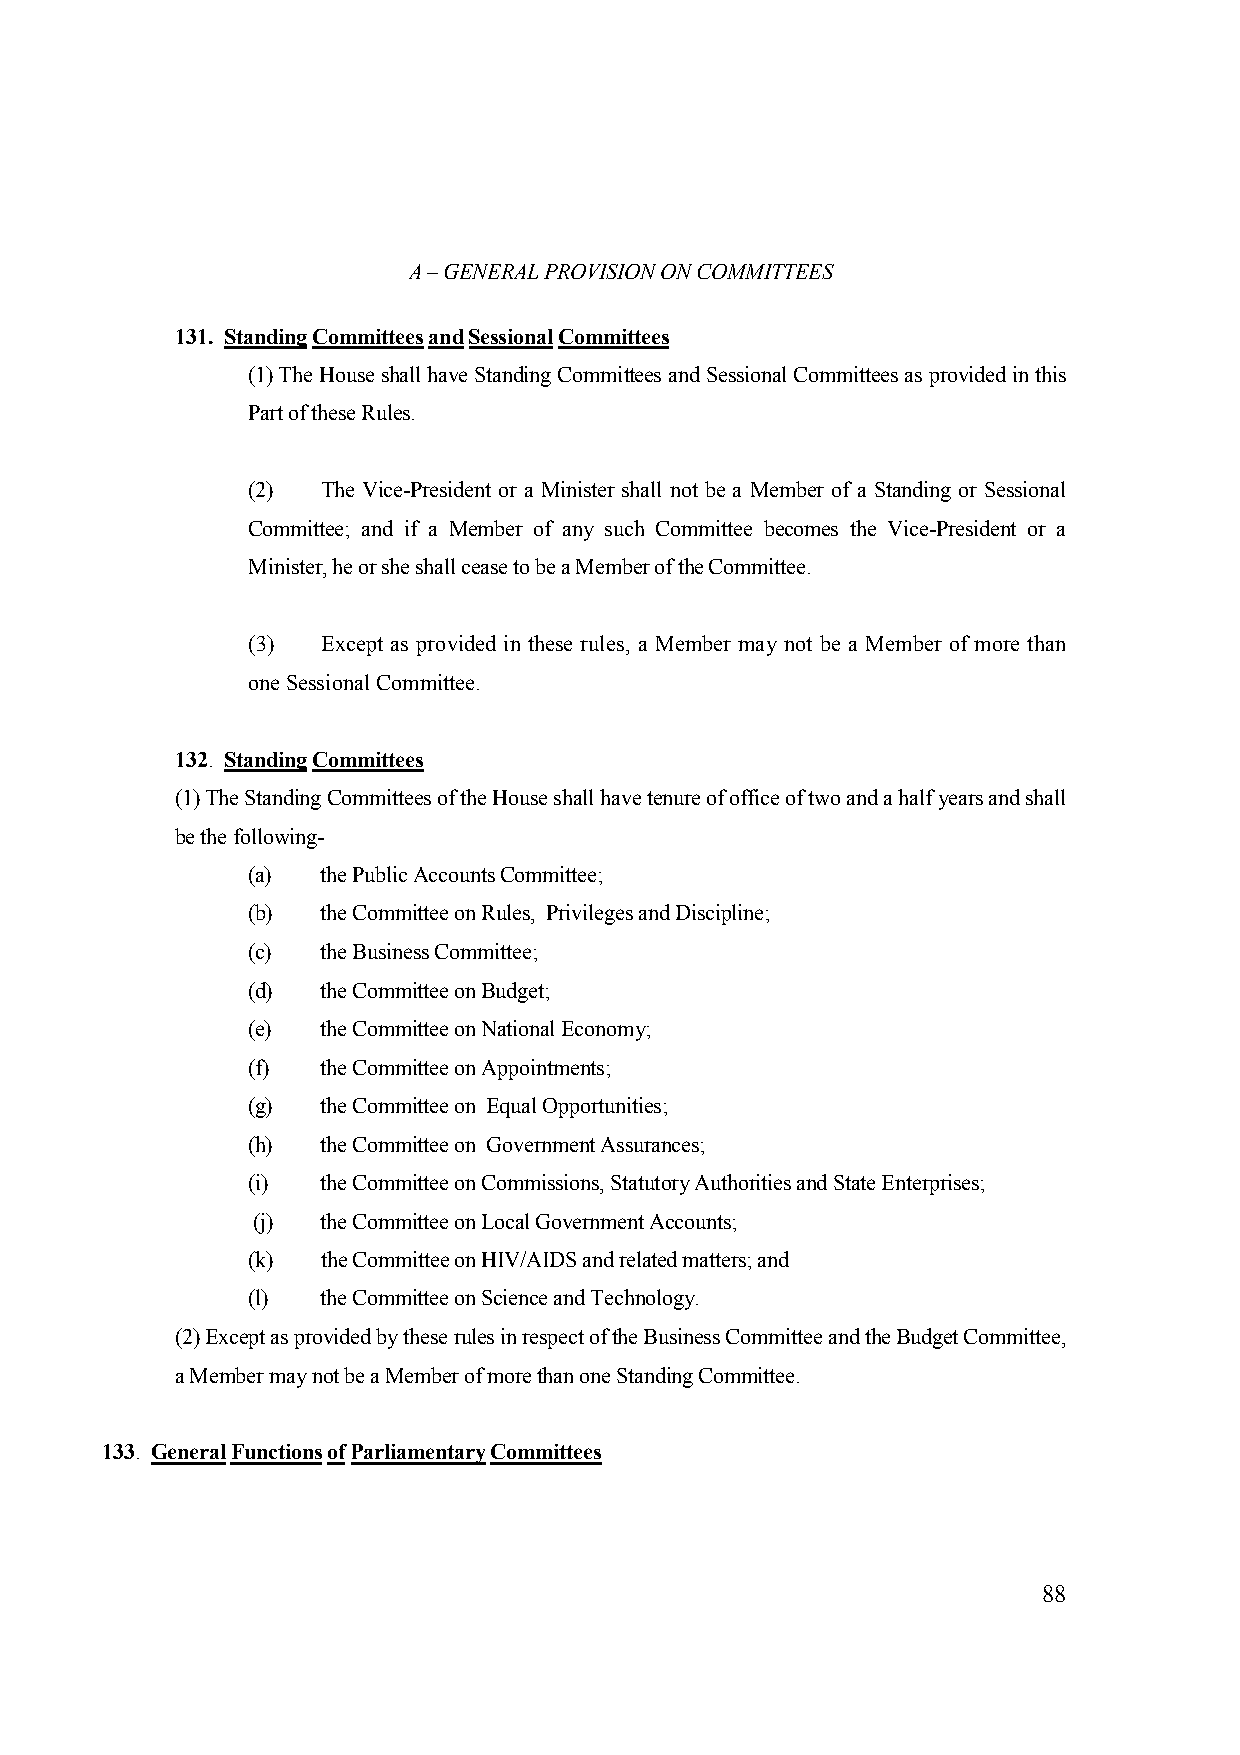
A – GENERAL PROVISION ON COMMITTEES
 131. Standing Committees and Sessional Committees
 (1) The House shall have Standing Committees and Sessional Committees as provided in this
 Part of these Rules.
 (2)  The Vice-President or a Minister shall not be a Member of a Standing or Sessional
 Committee; and if a Member of any such Committee becomes the Vice-President or a
 Minister, he or she shall cease to be a Member of the Committee.
 (3)  Except as provided in these rules, a Member may not be a Member of more than
 one Sessional Committee.
 132. Standing Committees
 (1) The Standing Committees of the House shall have tenure of office of two and a half years and shall
 be the following-
 (a)  the Public Accounts Committee;
 (b)  the Committee on Rules, Privileges and Discipline;
 (c)  the Business Committee;
 (d)  the Committee on Budget;
 (e)  the Committee on National Economy;
 (f)  the Committee on Appointments;
 (g)  the Committee on Equal Opportunities;
 (h)  the Committee on Government Assurances;
 (i)  the Committee on Commissions, Statutory Authorities and State Enterprises;
 (j) the Committee on Local Government Accounts;
 (k)  the Committee on HIV/AIDS and related matters; and
 (l)  the Committee on Science and Technology.
 (2) Except as provided by these rules in respect of the Business Committee and the Budget Committee,
 a Member may not be a Member of more than one Standing Committee.
 133. General Functions of Parliamentary Committees
 88